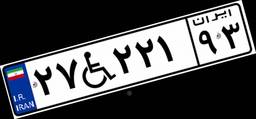
۲۷W۲۲۱۹۳